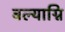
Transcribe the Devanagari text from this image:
बल्याग्नि